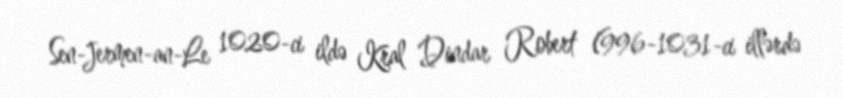
Sen-Jermen-an-Le 1020-ci ildə Kral Dindar Robert (996-1031-ci illərdə